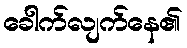
ခေါက်လျက်နေ၏